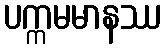
ပက္ကမမာနဿ